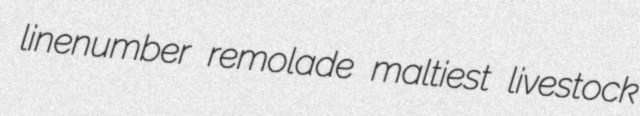
linenumber remolade maltiest livestock